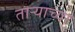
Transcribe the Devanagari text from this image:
ताऱ्‍याच्या